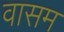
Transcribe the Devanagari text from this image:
वासम